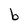
Character: b